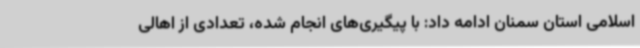
اسلامی استان سمنان ادامه داد: با پیگیری‌های انجام شده، تعدادی از اهالی